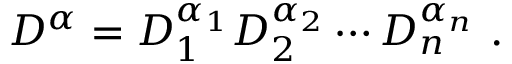
D ^ { \alpha } = D _ { 1 } ^ { \alpha _ { 1 } } D _ { 2 } ^ { \alpha _ { 2 } } \cdots D _ { n } ^ { \alpha _ { n } } \ .